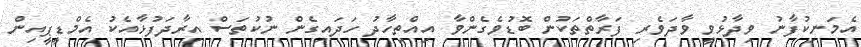
އެމަނިކުފާނު ވިދާޅުވީ ވާދަވެރި ފަރާތްތަކުން ބޮޑުވެގެންވާ އިއްތިހާދު ހަދައިގެން ނުކުތަސް އިރާދަފުޅާއެކު އެމްޑީޕީއިން